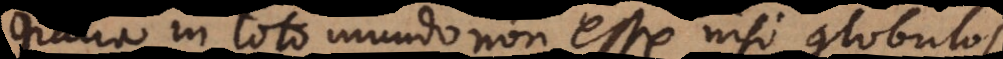
gratia in toto mundo non esse nisi globulos